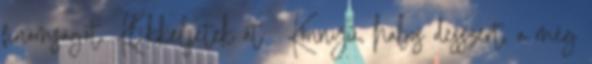
finomságot. Klikkeljetek át . Könnyű, habos desszert, a még